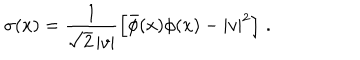
\sigma ( x ) = \frac { 1 } { \sqrt { 2 } \, | v | } \left[ \bar { \phi } ( x ) \phi ( x ) - | v | ^ { 2 } \right] \, .